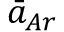
\bar { a } _ { A r }